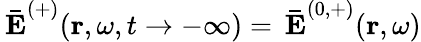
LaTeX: \mathbf{\, \bar{E}}^{(+)}(\mathbf{r},\omega,t\rightarrow-\infty)=\mathbf{\, \bar{E}}^{(0,+)}(\mathbf{r},\omega)